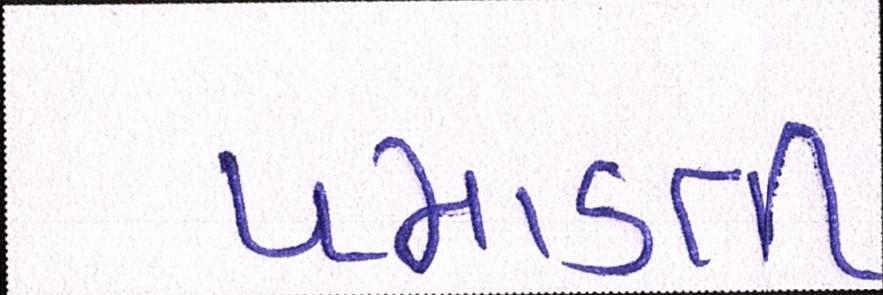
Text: પમાડતી